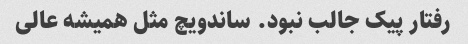
رفتار پیک جالب نبود. ساندویچ مثل همیشه عالی